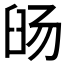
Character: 𬛹